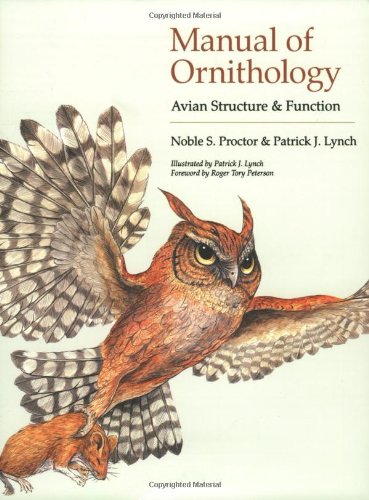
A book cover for Manual of Ornithology: Avian Structure and Function; Noble S. Proctor; Science & Math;